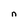
Character: n